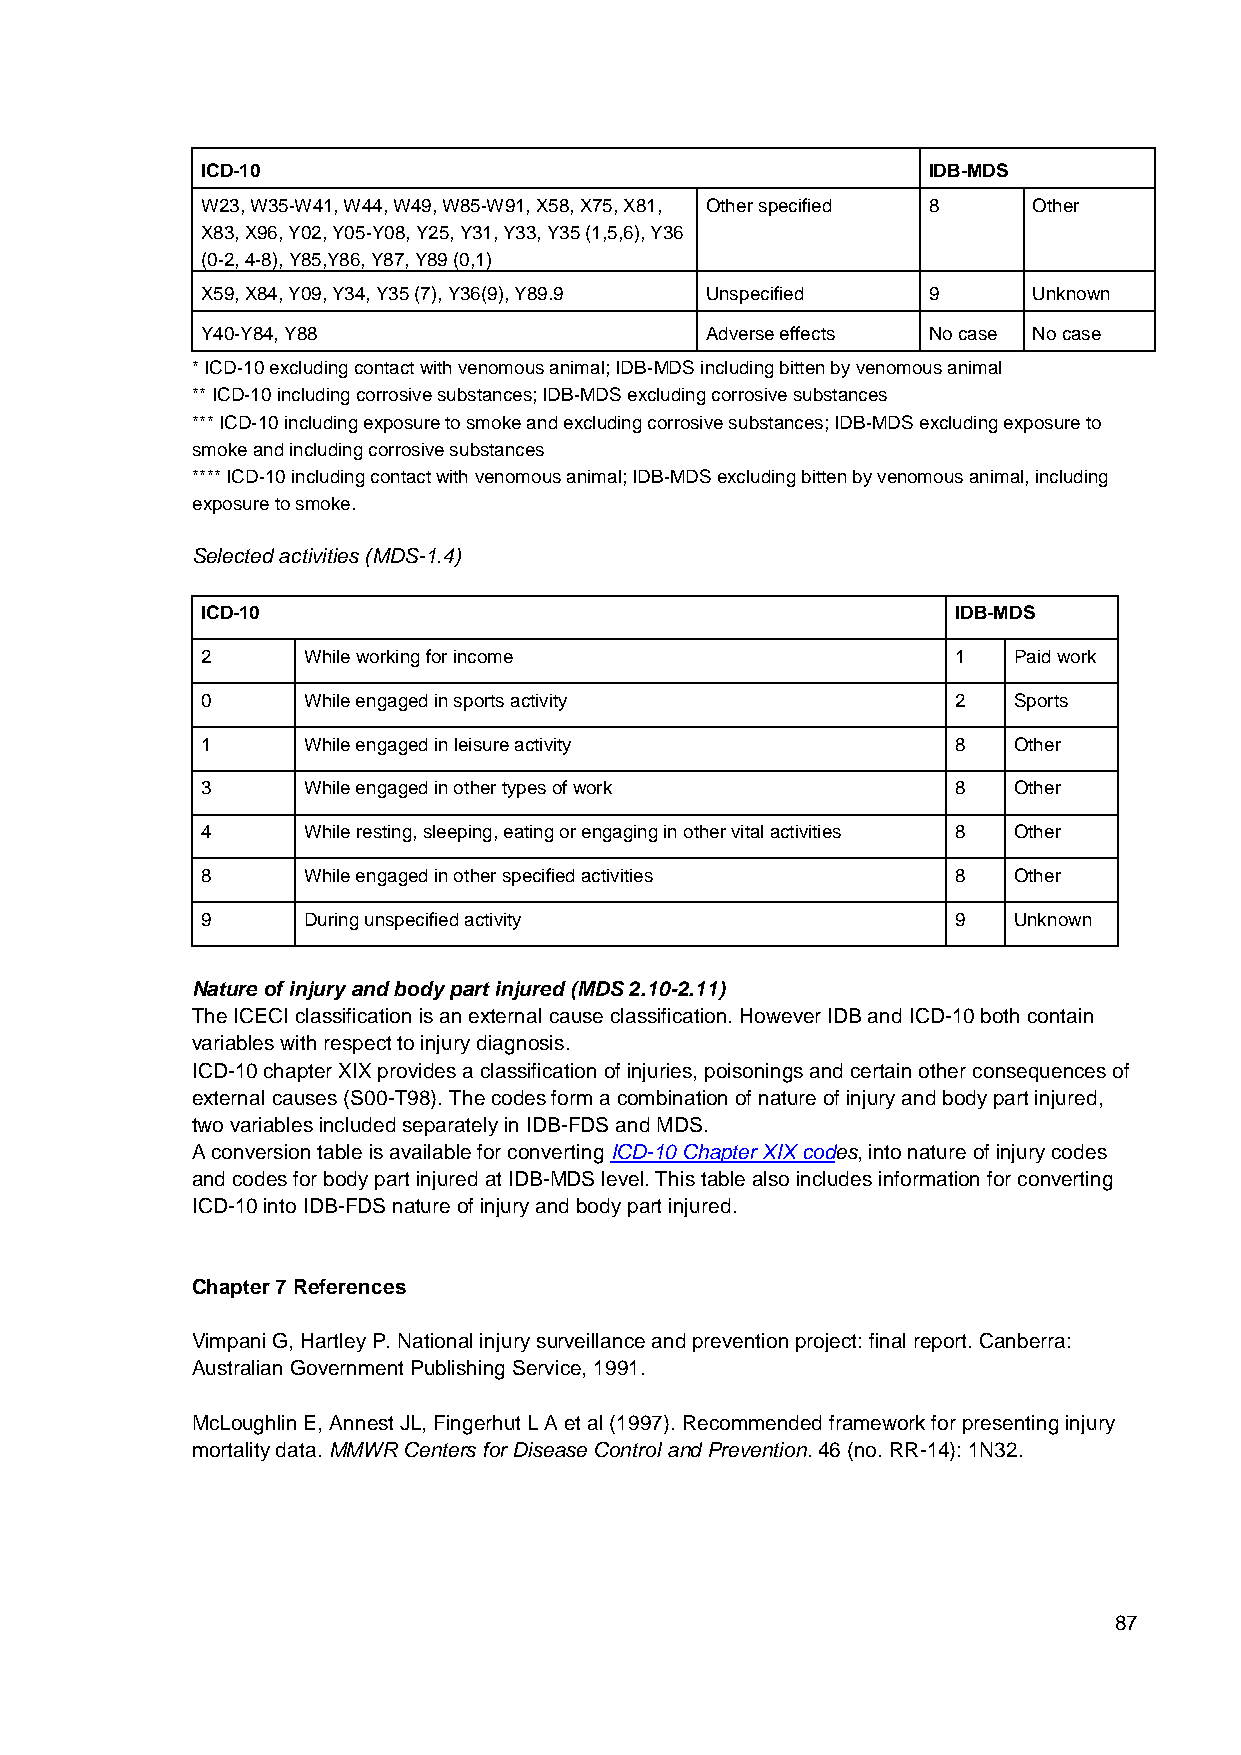
ICD-10                                          IDB-MDS
 W23, W35-W41, W44, W49, W85-W91, X58, X75, X81, Other specified 8 Other
 X83, X96, Y02, Y05-Y08, Y25, Y31, Y33, Y35 (1,5,6), Y36
 (0-2, 4-8), Y85,Y86, Y87, Y89 (0,1)
 X59, X84, Y09, Y34, Y35 (7), Y36(9), Y89.9 Unspecified 9 Unknown
 Y40-Y84, Y88                      Adverse effects No case No case
 * ICD-10 excluding contact with venomous animal; IDB-MDS including bitten by venomous animal
 ** ICD-10 including corrosive substances; IDB-MDS excluding corrosive substances
 *** ICD-10 including exposure to smoke and excluding corrosive substances; IDB-MDS excluding exposure to
 smoke and including corrosive substances
 **** ICD-10 including contact with venomous animal; IDB-MDS excluding bitten by venomous animal, including
 exposure to smoke.
 Selected activities (MDS-1.4)
 ICD-10                                            IDB-MDS
 2      While working for income                   1   Paid work
 0      While engaged in sports activity           2   Sports
 1      While engaged in leisure activity          8   Other
 3      While engaged in other types of work       8   Other
 4      While resting, sleeping, eating or engaging in other vital activities 8 Other
 8      While engaged in other specified activities 8  Other
 9      During unspecified activity                9   Unknown
 Nature of injury and body part injured (MDS 2.10-2.11)
 The ICECI classification is an external cause classification. However IDB and ICD-10 both contain
 variables with respect to injury diagnosis.
 ICD-10 chapter XIX provides a classification of injuries, poisonings and certain other consequences of
 external causes (S00-T98). The codes form a combination of nature of injury and body part injured,
 two variables included separately in IDB-FDS and MDS.
 A conversion table is available for converting ICD-10 Chapter XIX codes, into nature of injury codes
 and codes for body part injured at IDB-MDS level. This table also includes information for converting
 ICD-10 into IDB-FDS nature of injury and body part injured.
 Chapter 7 References
 Vimpani G, Hartley P. National injury surveillance and prevention project: final report. Canberra:
 Australian Government Publishing Service, 1991.
 McLoughlin E, Annest JL, Fingerhut L A et al (1997). Recommended framework for presenting injury
 mortality data. MMWR Centers for Disease Control and Prevention. 46 (no. RR-14): 1N32.
 87